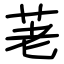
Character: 荖